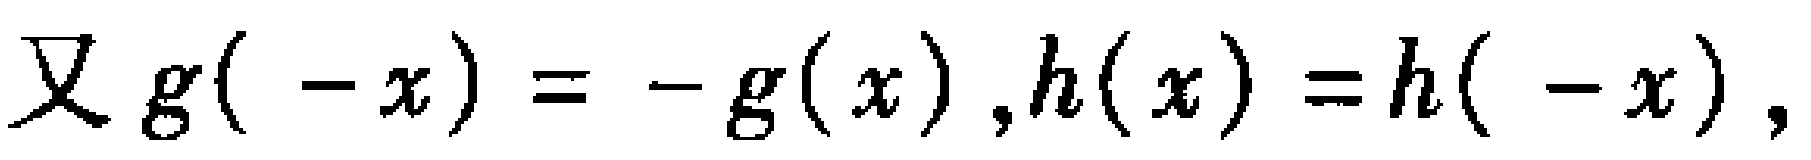
又 \(g( -x)= -g(x),h(x)=h( -x)\)，